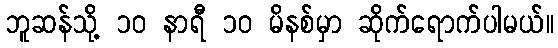
ဘူဆန်သို့ ၁၀ နာရီ ၁၀ မိနစ်မှာ ဆိုက်ရောက်ပါမယ်။